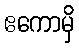
ဧကောမှိ